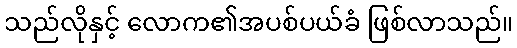
သည်လိုနှင့် လောက၏အပစ်ပယ်ခံ ဖြစ်လာသည်။